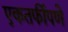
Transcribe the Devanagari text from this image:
एकतर्फीपणे